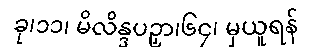
ခု၊၁၁၊ မိလိန္ဒပဉှာ၊၆၄၊ မှယူရန်